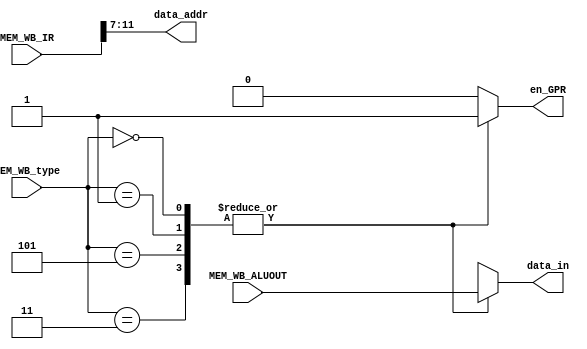
module WB_END_STAGE(
	en_GPR,
	data_in,
	data_addr,
	MEM_WB_ALUOUT,
	MEM_WB_IR,
	MEM_WB_type);
input [31:0] MEM_WB_ALUOUT,MEM_WB_IR;
input [2:0] MEM_WB_type;

output reg en_GPR;
output reg [31:0] data_in;
output [4:0] data_addr;

parameter R_type=3'b011, S_type=3'b010, B_type=3'b000,U_type=3'b101; 
parameter I_jump=3'b110,I_logic=3'b001,I_load=3'b000;

assign data_addr=MEM_WB_IR[11:7];

always @(*) // WB stage//////////////////////////////////////
begin

case(MEM_WB_type)

R_type: begin
en_GPR=1;
data_in=MEM_WB_ALUOUT;
end

U_type: begin
en_GPR=1;
data_in=MEM_WB_ALUOUT;
end

I_logic: begin
en_GPR=1;
data_in=MEM_WB_ALUOUT;
end

I_load:begin
en_GPR=1;
data_in=MEM_WB_ALUOUT;
end

default:begin 
en_GPR=0;
data_in=32'hxxxxxxxx;
end
endcase

end

endmodule